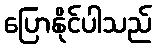
ပြောနိုင်ပါသည်